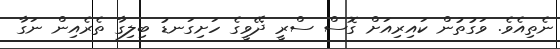
ނެތިއެވެ. ވަގުތުން ކައިރިއަށް ގޮސް ސްރީ ދޭވީގެ ހަށިގަނޑު ބިލިގާ ތެރެއިން ނަގާ